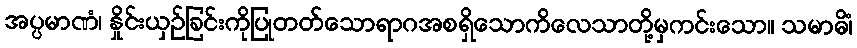
အပ္ပမာဏံ၊ နှိုင်းယှဉ်ခြင်းကိုပြုတတ်သောရာဂအစရှိသောကိလေသာတို့မှကင်းသော။ သမာဓိံ၊